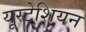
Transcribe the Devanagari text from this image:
यूस्टेशियन